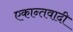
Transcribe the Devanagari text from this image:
एकान्तवादी